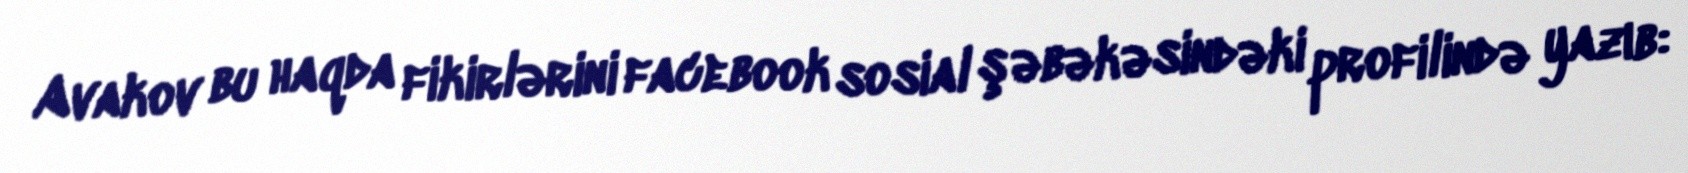
Avakov bu haqda fikirlərini facebook sosial şəbəkəsindəki profilində yazıb: